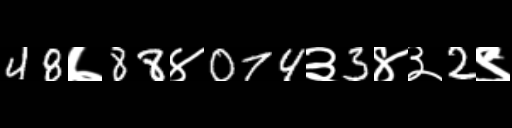
Text: 48७88४074३3४३2९